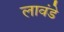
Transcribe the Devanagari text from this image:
लावंडे